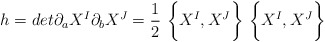
\begin{align*}h = det \partial_aX^I \partial_b X^J=\frac{1}{2}~\biggl\{X^I,X^J\biggr\}~\biggl\{ X^I,X^J\biggr\}\end{align*}